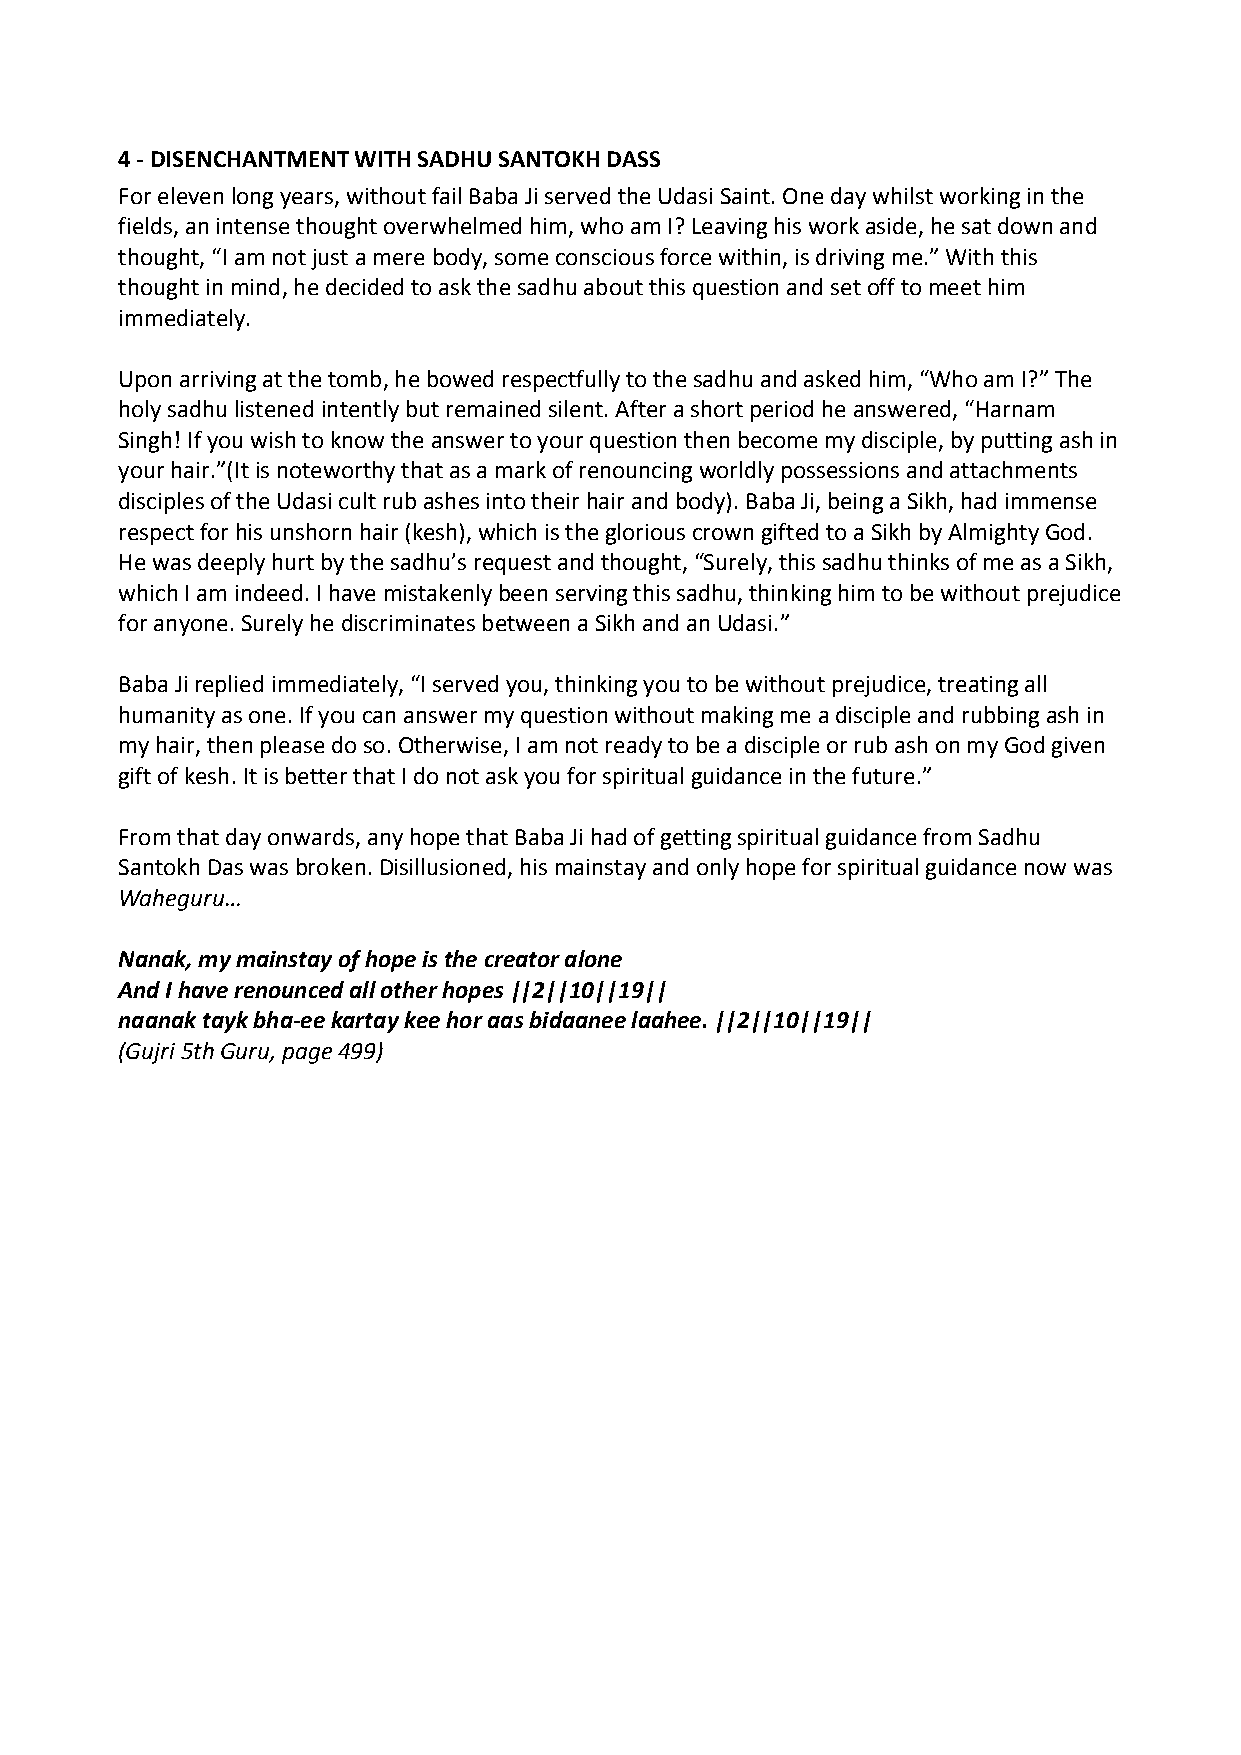
4 ‐ DISENCHANTMENT WITH SADHU SANTOKH DASS
 For eleven long years, without fail Baba Ji served the Udasi Saint. One day whilst working in the
 fields, an intense thought overwhelmed him, who am I? Leaving his work aside, he sat down and
 thought, “I am not just a mere body, some conscious force within, is driving me.” With this
 thought in mind, he decided to ask the sadhu about this question and set off to meet him
 immediately.
 Upon arriving at the tomb, he bowed respectfully to the sadhu and asked him, “Who am I?” The
 holy sadhu listened intently but remained silent. After a short period he answered, “Harnam
 Singh! If you wish to know the answer to your question then become my disciple, by putting ash in
 your hair.”(It is noteworthy that as a mark of renouncing worldly possessions and attachments
 disciples of the Udasi cult rub ashes into their hair and body). Baba Ji, being a Sikh, had immense
 respect for his unshorn hair (kesh), which is the glorious crown gifted to a Sikh by Almighty God.
 He was deeply hurt by the sadhu’s request and thought, “Surely, this sadhu thinks of me as a Sikh,
 which I am indeed. I have mistakenly been serving this sadhu, thinking him to be without prejudice
 for anyone. Surely he discriminates between a Sikh and an Udasi.”
 Baba Ji replied immediately, “I served you, thinking you to be without prejudice, treating all
 humanity as one. If you can answer my question without making me a disciple and rubbing ash in
 my hair, then please do so. Otherwise, I am not ready to be a disciple or rub ash on my God given
 gift of kesh. It is better that I do not ask you for spiritual guidance in the future.”
 From that day onwards, any hope that Baba Ji had of getting spiritual guidance from Sadhu
 Santokh Das was broken. Disillusioned, his mainstay and only hope for spiritual guidance now was
 Waheguru…
 Nanak, my mainstay of hope is the creator alone
 And I have renounced all other hopes ||2||10||19||
 naanak tayk bha‐ee kartay kee hor aas bidaanee laahee. ||2||10||19||
 (Gujri 5th Guru, page 499)